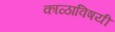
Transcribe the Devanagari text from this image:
काळाविषयी